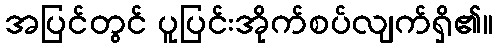
အပြင်တွင် ပူပြင်းအိုက်စပ်လျက်ရှိ၏။